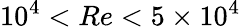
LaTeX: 10^{4}<Re<5\times 10^{4}